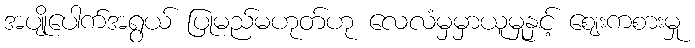
အပျိုပေါက်အရွယ် ပြုမည်မဟုတ်ဟု လေလံမှမှာယူမှုနှင့် ဈေးကစားမှု